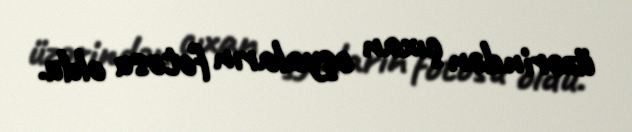
üzərindən çıxan əşyaların fotosu oldu.